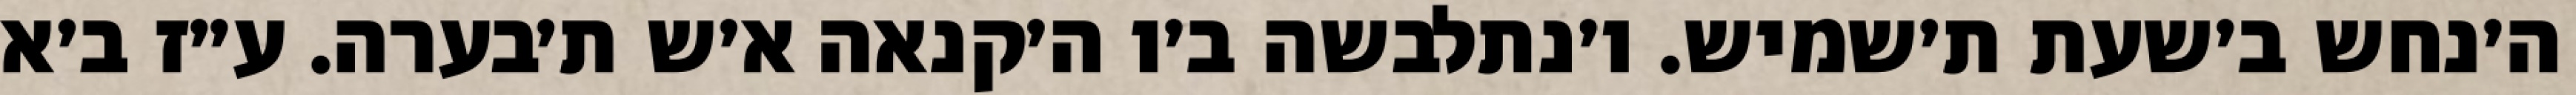
ה׳נחש ב׳שעת ת׳שמיש. ו׳נתלבשה ב׳ו ה׳קנאה א׳ש ת׳בערה. ע״ז ב׳א